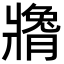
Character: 𬌍